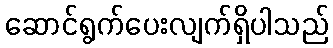
ဆောင်ရွက်ပေးလျက်ရှိပါသည်